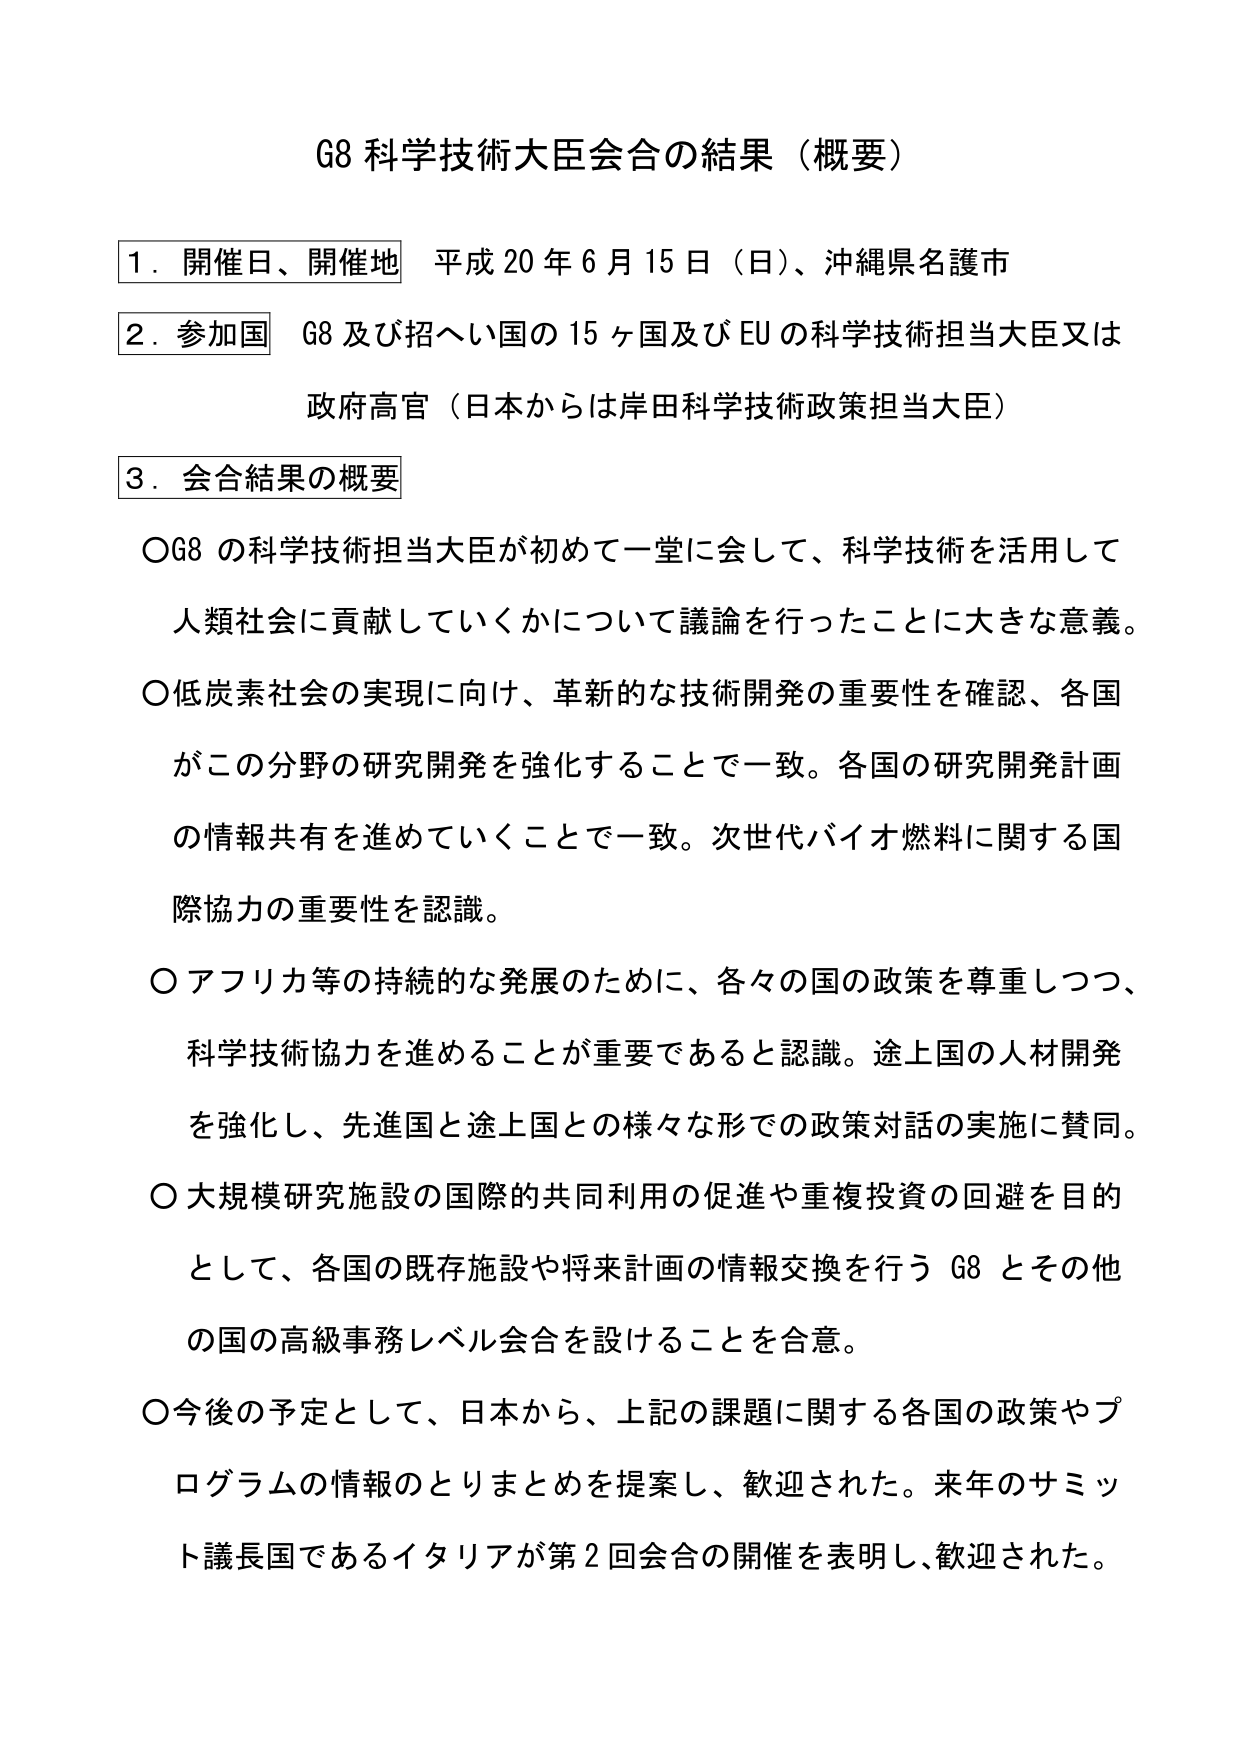
G8 科学技術大臣会合の結果（概要）

1．開催日、開催地 平成20年6月15日（日）、沖縄県名護市

2．参加国 G8及び招へい国の15ヶ国及びEUの科学技術担当大臣又は政府高官（日本からは岸田科学技術政策担当大臣）

3．会合結果の概要

○G8の科学技術担当大臣が初めて一堂に会して、科学技術を活用して人類社会に貢献していくかについて議論を行ったことに大きな意義。

○低炭素社会の実現に向け、革新的な技術開発の重要性を確認、各国がこの分野の研究開発を強化することで一致。各国の研究開発計画の情報共有を進めていくことで一致。次世代バイオ燃料に関する国際協力の重要性を認識。

○アフリカ等の持続的な発展のために、各々の国の政策を尊重しつつ、科学技術協力を進めることが重要であると認識。途上国の人材開発を強化し、先進国と途上国との様々な形での政策対話の実施に賛同。

○大規模研究施設の国際的共同利用の促進や重複投資の回避を目的として、各国の既存施設や将来計画の情報交換を行うG8とその他の国の高級事務レベル会合を設けることを合意。

○今後の予定として、日本から、上記の課題に関する各国の政策やプログラムの情報のとりまとめを提案し、歓迎された。来年のサミット議長国であるイタリアが第2回会合の開催を表明し、歓迎された。